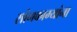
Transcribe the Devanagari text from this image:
सांगकाम्यांना